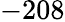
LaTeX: -208